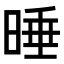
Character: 𣇦